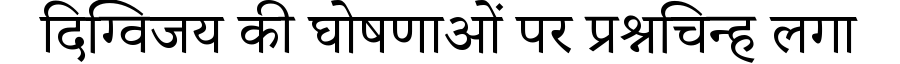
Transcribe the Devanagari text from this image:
दिग्विजय की घोषणाओं पर प्रश्नचिन्ह लगा